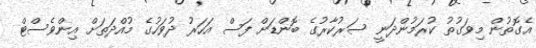
އެގޮތުން މިވަގުތު ކުރަމުންދަނީ ސަރުކާރުގެ ބޮންޑަށް ފަސް އަހަރު ދުވަހުގެ މުއްދަތަށް އިންވެސްޓް